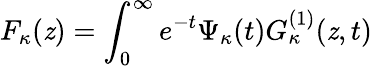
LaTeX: F_{\kappa}(\mathit{z})=\int_{0}^{\infty}e^{-t}\Psi_{\kappa}(t)G_{\kappa}^{(1)}(\mathit{z},t)